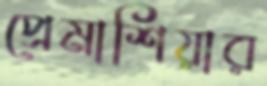
প্রেমাশিয়ার